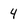
Character: 4